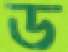
ড